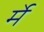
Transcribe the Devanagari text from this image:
र्मे